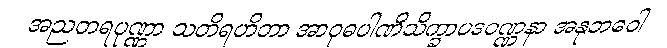
အညတရပုဏ္ဏာ သတိရဟိတာ အာဝုဓပါဏိသိက္ခာပဒဝဏ္ဏနာ အနုဘဝေါ